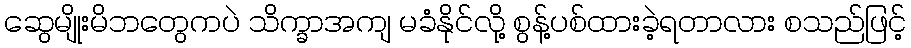
ဆွေမျိုးမိဘတွေကပဲ သိက္ခာအကျ မခံနိုင်လို့ စွန့်ပစ်ထားခဲ့ရတာလား စသည်ဖြင့်